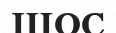
ШОС